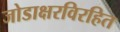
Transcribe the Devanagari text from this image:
जोडाक्षरविरहित